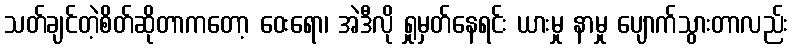
သတ်ချင်တဲ့စိတ်ဆိုတာကတော့ ဝေးရော၊ အဲဒီလို ရှုမှတ်နေရင်း ယားမှု နာမှု ပျောက်သွားတာလည်း